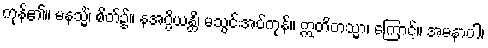
ကုန်၏။ မနသ္မိံ၊ စိတ်၌။ နအပ္ပိယန္တိ၊ မသွင်းအပ်ကုန်။ ဣတိတသ္မာ၊ ကြောင့်။ အမနာပါ၊